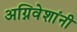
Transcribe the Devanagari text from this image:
अग्निवेशांनी